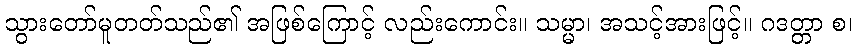
သွားတော်မူတတ်သည်၏ အဖြစ်ကြောင့် လည်းကောင်း။ သမ္မာ၊ အသင့်အားဖြင့်။ ဂဒတ္တာ စ၊